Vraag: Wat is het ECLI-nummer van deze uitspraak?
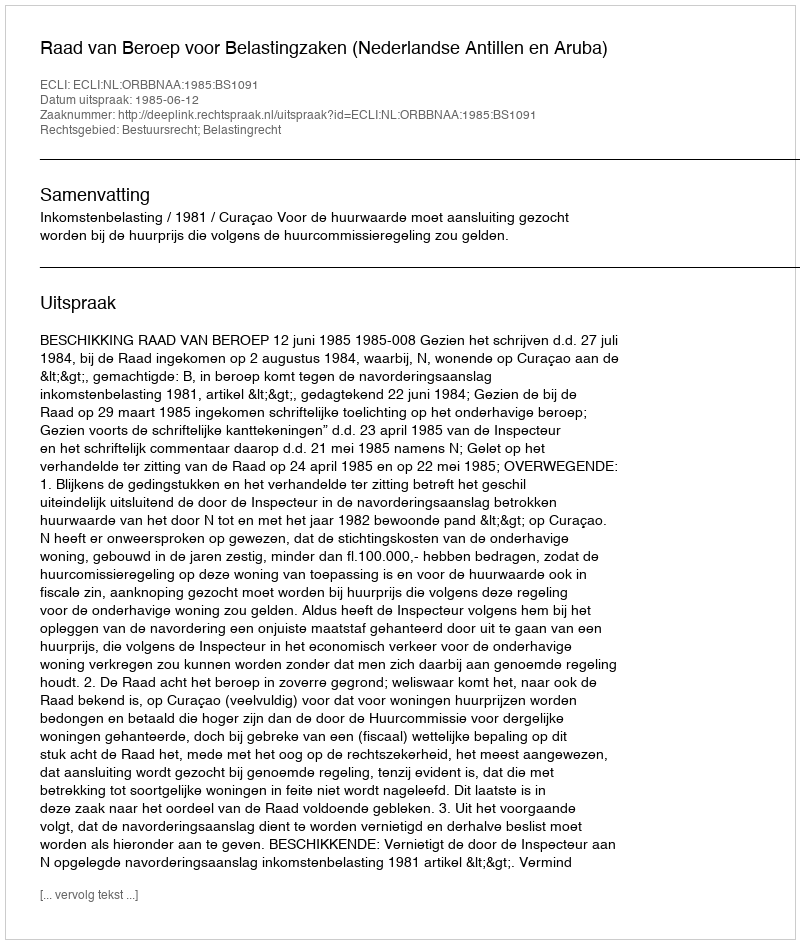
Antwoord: ECLI:NL:ORBBNAA:1985:BS1091